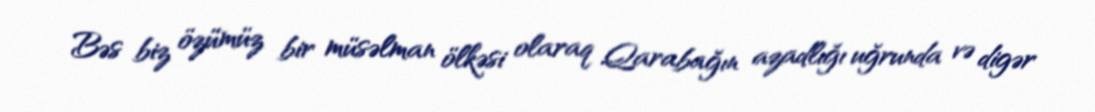
Bəs biz özümüz bir müsəlman ölkəsi olaraq Qarabağın azadlığı uğrunda və digər